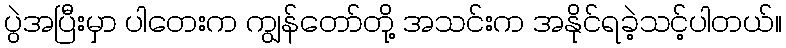
ပွဲအပြီးမှာ ပါတေးက ကျွန်တော်တို့ အသင်းက အနိုင်ရခဲ့သင့်ပါတယ်။